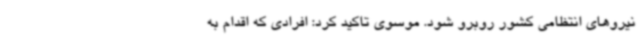
نیروهای انتظامی کشور روبرو شود. موسوی تاکید کرد: افرادی که اقدام به